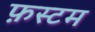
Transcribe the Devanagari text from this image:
फ़स्टम